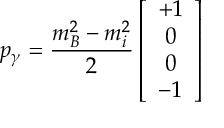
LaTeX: p _ { \gamma } = { \frac { m _ { B } ^ { 2 } - m _ { i } ^ { 2 } } { 2 } } \left[ \begin{array} { c } { { + 1 } } \\ { { 0 } } \\ { { 0 } } \\ { { - 1 } } \end{array} \right]